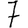
Digit: 7